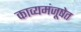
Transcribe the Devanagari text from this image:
काव्यमंजूषेत